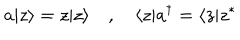
a | z \rangle = z | z \rangle \quad , \quad \langle z | a ^ { \dagger } = \langle z | z ^ { * }